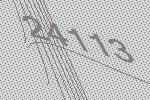
24113